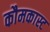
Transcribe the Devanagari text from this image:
कौमकास्ट